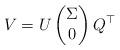
LaTeX: \begin{align*} V = U \begin{pmatrix} \Sigma \\ 0 \\ \end{pmatrix} Q^\top \end{align*}